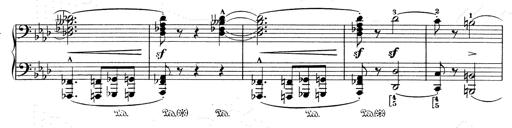
Title: Weinen, Klagen, Sorgen, Zagen
Composer: Franz Liszt